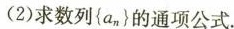
(2)求数列{a_{n}}的通项公式。